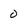
Character: 0